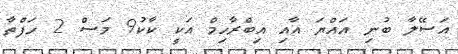
އަސޭލާ ބުނި އައްޔަ އާއި އިބްރާހިމް އަކީ ކާކު9 މަސް 2 ހަފްތާ